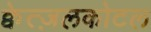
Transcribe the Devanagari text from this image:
क्वेत्ज़लकोटल